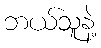
ဘယ်သူနဲ့